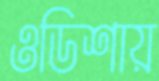
ওডিশায়